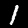
Digit: 1